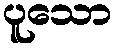
ပူသော